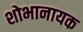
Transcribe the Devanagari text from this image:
शोभानायक